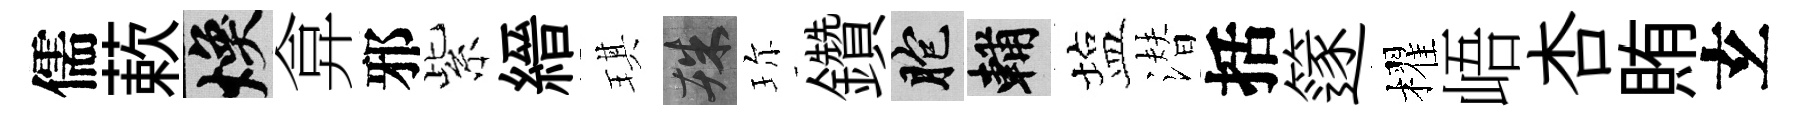
儒蔌焕弇邪紫縉琪殊珎鑽胞輔塩潜括篴櫂峿杏賄𤣥